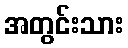
အတွင်းသား